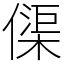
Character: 𠍲